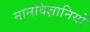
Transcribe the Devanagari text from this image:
मानविज्ञानियों